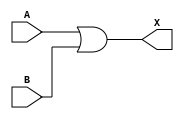
module OR2(A,B,X);

input A,B;
output X;

assign X = A | B;

endmodule